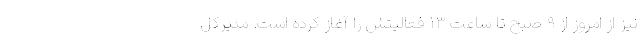
نیز از امروز از ۹ صبح تا ساعت ۱۳ فعالیتش را آغاز کرده است. مدیرکل